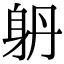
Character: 𨈝